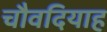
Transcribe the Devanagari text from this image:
चौवदियाह